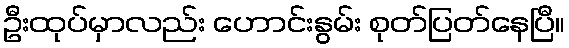
ဦးထုပ်မှာလည်း ဟောင်းနွမ်း စုတ်ပြတ်နေပြီ။